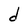
Character: d